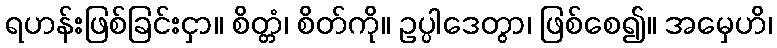
ရဟန်းဖြစ်ခြင်းငှာ။ စိတ္တံ၊ စိတ်ကို။ ဥပ္ပါဒေတွာ၊ ဖြစ်စေ၍။ အမှေဟိ၊